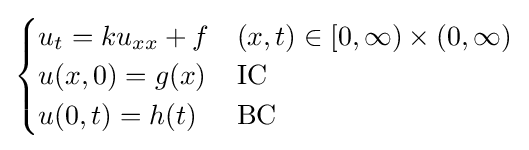
{\begin{cases}u_{t}=ku_{xx}+f&(x,t)\in [0,\infty )\times (0,\infty )\\u(x,0)=g(x)&{\text{IC}}\\u(0,t)=h(t)&{\text{BC}}\end{cases}}